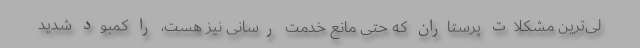
لی‌ترین مشکلات پرستاران که حتی مانع خدمت رسانی نیز هست، را کمبود شدید